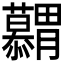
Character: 𮍋